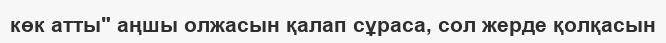
көк атты" аңшы олжасын қалап сұраса, сол жерде қолқасын